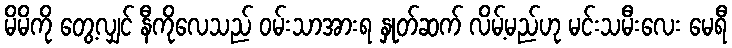
မိမိကို တွေ့လျှင် နီကိုလေသည် ဝမ်းသာအားရ နှုတ်ဆက် လိမ့်မည်ဟု မင်းသမီးလေး မေရီ